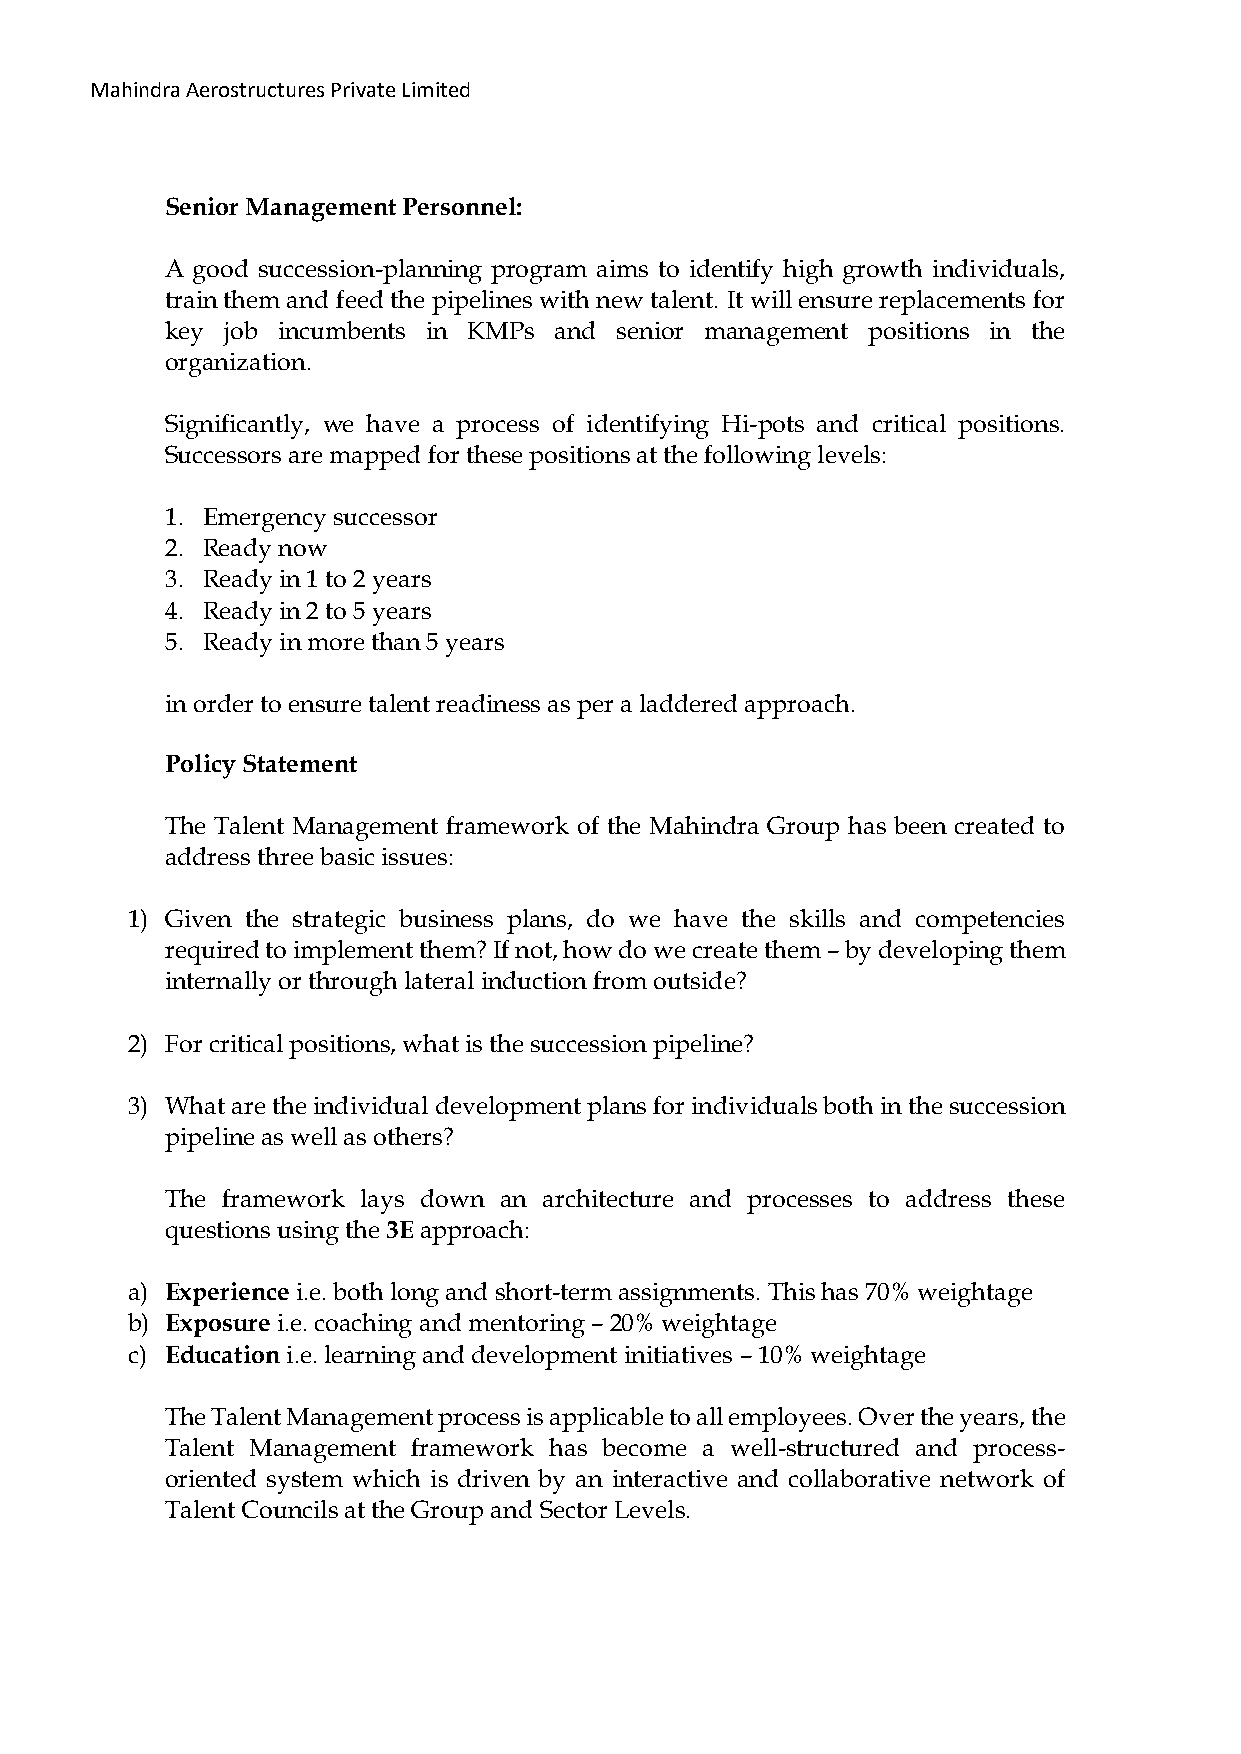
Mahindra Aerostructures Private Limited
 Senior Management Personnel:
 A good succession-planning program aims to identify high growth individuals,
 train them and feed the pipelines with new talent. It will ensure replacements for
 key job incumbents in KMPs and senior management positions in the
 organization.
 Significantly, we have a process of identifying Hi-pots and critical positions.
 Successors are mapped for these positions at the following levels:
 1. Emergency successor
 2. Ready now
 3. Ready in 1 to 2 years
 4. Ready in 2 to 5 years
 5. Ready in more than 5 years
 in order to ensure talent readiness as per a laddered approach.
 Policy Statement
 The Talent Management framework of the Mahindra Group has been created to
 address three basic issues:
 1) Given the strategic business plans, do we have the skills and competencies
 required to implement them? If not, how do we create them – by developing them
 internally or through lateral induction from outside?
 2) For critical positions, what is the succession pipeline?
 3) What are the individual development plans for individuals both in the succession
 pipeline as well as others?
 The framework lays down an architecture and processes to address these
 questions using the 3E approach:
 a) Experience i.e. both long and short-term assignments. This has 70% weightage
 b) Exposure i.e. coaching and mentoring – 20% weightage
 c) Education i.e. learning and development initiatives – 10% weightage
 The Talent Management process is applicable to all employees. Over the years, the
 Talent Management framework has become a well-structured and process-
 oriented system which is driven by an interactive and collaborative network of
 Talent Councils at the Group and Sector Levels.